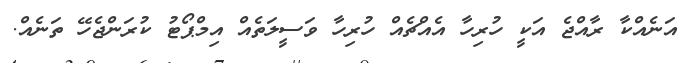
އަނެއްކާ ރާއްޖެ އަކީ ހުރިހާ އެއްޗެއް ހުރިހާ ވަސީލަތެއް އިމްޕޯޓު ކުރަންޖެހޭ ތަނެއް.